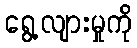
ရွေ့လျားမှုကို